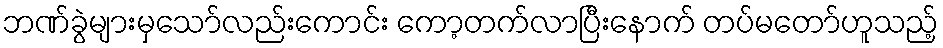
ဘဏ်ခွဲများမှသော်လည်းကောင်း ကော့တက်လာပြီးနောက် တပ်မတော်ဟူသည့်